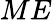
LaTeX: ME